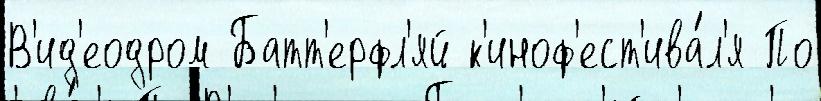
В'ид'еодром Батт'ерфл'яй к'иноф'ест'ива́л'я По